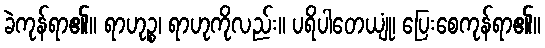
ခဲကုန်ရာ၏။ ရာဟုဉ္စ၊ ရာဟုကိုလည်း။ ပရိပါတေယျုံ၊ ပြေးစေကုန်ရာ၏။